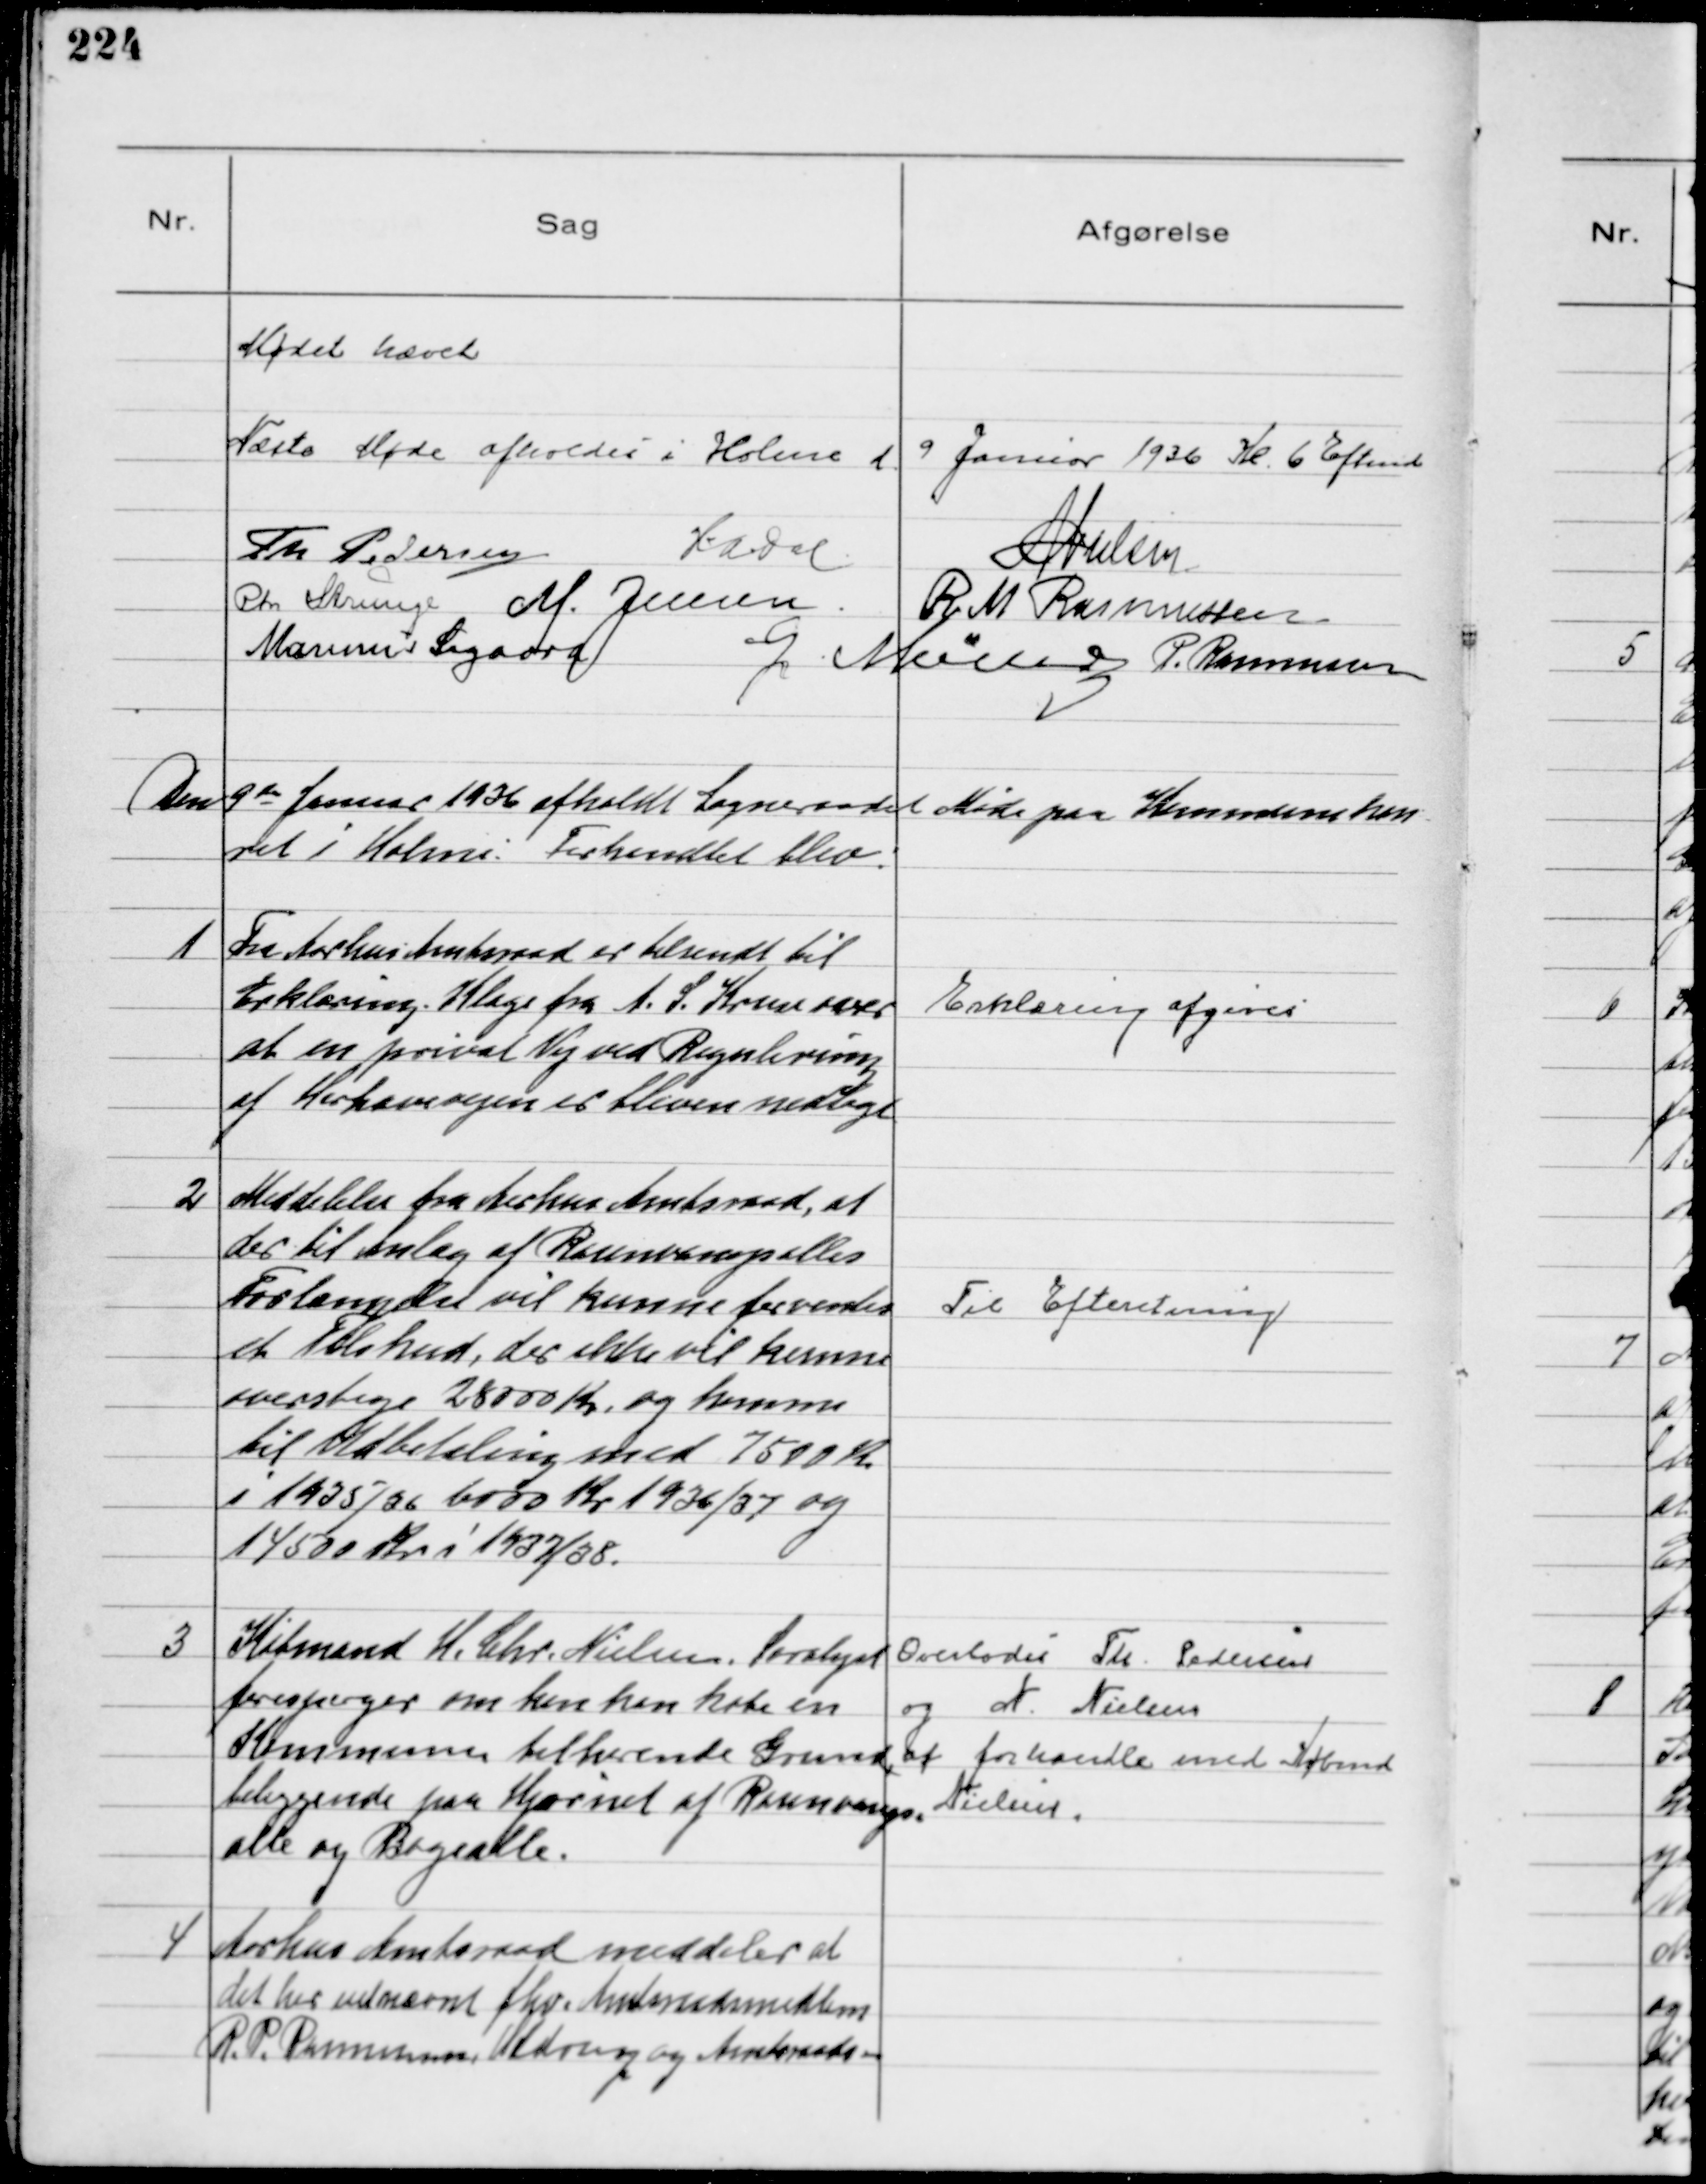
Transskription:
Mødet hævet
Næste Møde afholdes i Holme d. 9 Januar 1936 Kl. 6 Eftmd
Th Pedersen
HADal
NNielsen
Chr Strunge M. Jensen R M Rasmussen
Marinus Sigaard
G Møller P. Rasmussen

Den 9de Januar 1936 afholdt Sogneraadet Møde paa Kommunekon
ret i Holme: Forhandlet blev:

1
Fra Aarhus Amtsraad er tilsendt til
Erklæring. Klage fra A. S. Kruse over
at en privat Vej ved Regulering
af Hørhavevejen er bleven nedlagt

Erklæring afgives

2
Meddelelse fra Aarhus Amtsraad, at
der til Anlæg af Rosenvangsalles
Forlængelse vil kunne forventes
et Tilskud, der ikke vil kunne
overstige 28000 Kr. og komme
til Udbetaling med 7500 Kr
i 1935/36 6000 Kr 1936/37 og
14500 Kr i 1937/38.

Til Efteretning

3
Købmand H. Chr. Nielsen, Saralyst
forespørger om han kan købe en
Kommunen tilhørende Grund,
beliggende paa Hjørnet af Rosenvangs-
alle og Bøgealle.

Overlodes Th. Pedersen
og N. Nielsen
at forhandle med Købmd
Nielsen.

4
Aarhus Amtsraad meddeler at
det har udnævnt fhv. Amtsraadsmedlem
R. P. Rasmussen, Uldrup og Amtsraads-